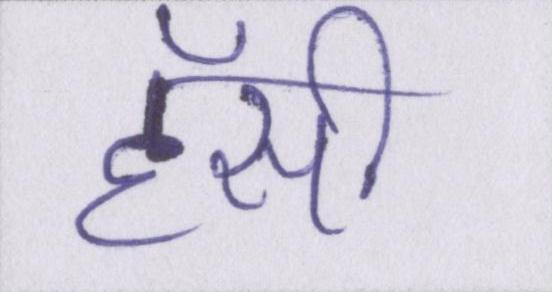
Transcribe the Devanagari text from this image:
हॅसी